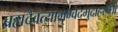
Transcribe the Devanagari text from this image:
ब्रह्मदैवत्यामृग्वेदमुदाहरन्तीं